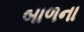
બાળના